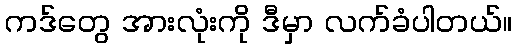
ကဒ်တွေ အားလုံးကို ဒီမှာ လက်ခံပါတယ်။